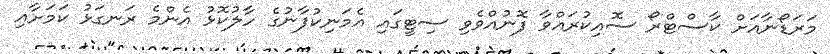
މަރަޑޯނާއަށް ކާސްޓްރޯ ސޮއިކުރައްވާ ފޮނުއްވެވި ސިޓީގައި އެމަނިކުފާނުގެ ހާލުކޮޅު އެންމެ ރަނގަޅު ކަމަށާއި